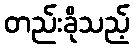
တည်းခိုသည့်